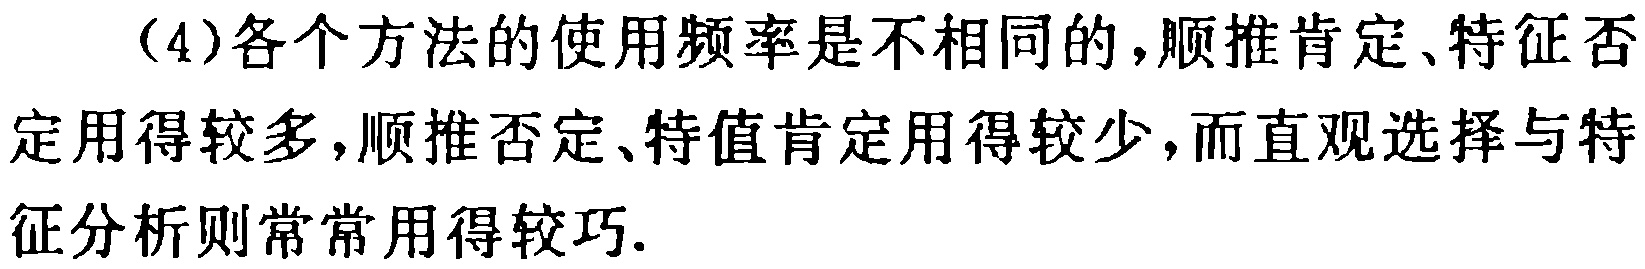
(4)各个方法的使用频率是不相同的,顺推肯定、特征否定用得较多,顺推否定、特值肯定用得较少,而直观选择与特征分析则常常用得较巧.